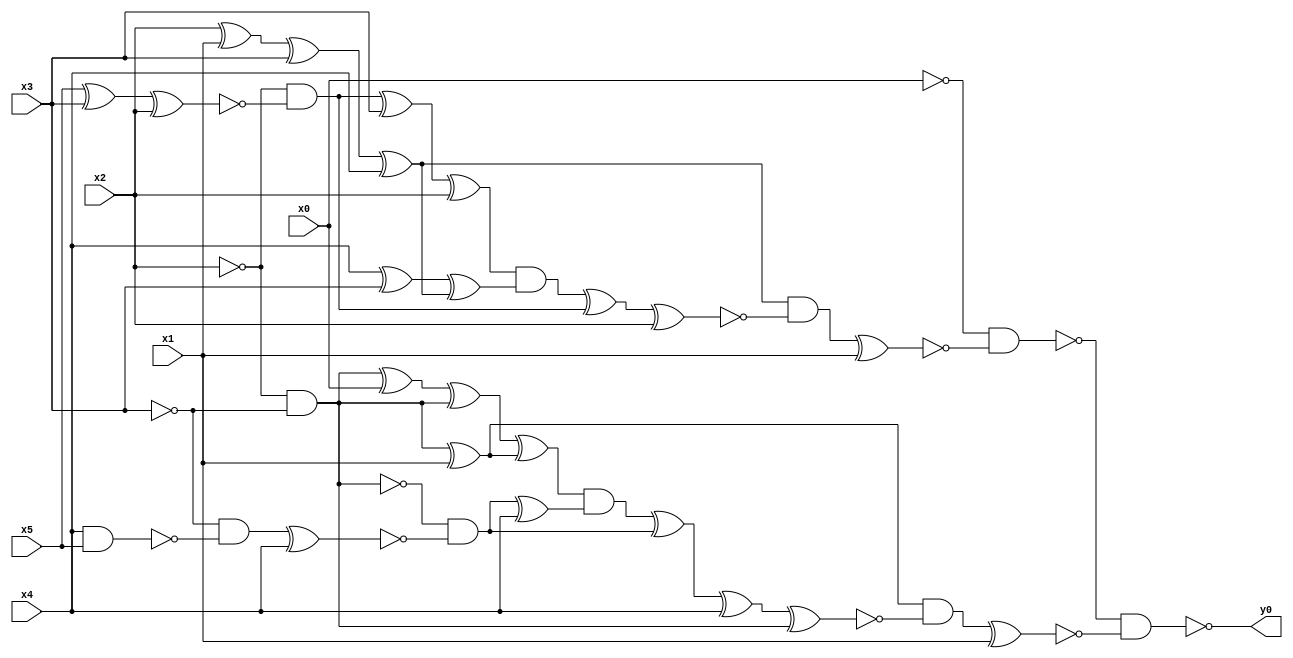
module top( x0 , x1 , x2 , x3 , x4 , x5 , y0 );
  input x0 , x1 , x2 , x3 , x4 , x5 ;
  output y0 ;
  wire n7 , n8 , n9 , n10 , n11 , n12 , n13 , n14 , n15 , n16 , n17 , n18 , n19 , n20 , n21 , n22 , n23 , n24 , n25 , n26 , n27 , n28 , n29 , n30 , n31 , n32 , n33 , n34 , n35 , n36 , n37 , n38 , n39 ;
  assign n7 = x2 ^ x1 ;
  assign n8 = n7 ^ x3 ;
  assign n9 = n8 ^ x4 ;
  assign n10 = x5 ^ x3 ;
  assign n11 = n10 ^ x2 ;
  assign n12 = ~x2 & ~n11 ;
  assign n13 = n12 ^ x3 ;
  assign n14 = n13 ^ x2 ;
  assign n15 = x4 ^ x3 ;
  assign n16 = n15 ^ n9 ;
  assign n17 = n14 & n16 ;
  assign n18 = n17 ^ n12 ;
  assign n19 = n18 ^ x2 ;
  assign n20 = n9 & ~n19 ;
  assign n21 = n20 ^ x1 ;
  assign n22 = ~x0 & ~n21 ;
  assign n23 = ~x2 & ~x3 ;
  assign n24 = n23 ^ x1 ;
  assign n25 = n23 ^ x0 ;
  assign n26 = n25 ^ n23 ;
  assign n27 = n26 ^ n24 ;
  assign n28 = x4 & x5 ;
  assign n29 = ~x3 & ~n28 ;
  assign n30 = n29 ^ x4 ;
  assign n31 = ~n23 & ~n30 ;
  assign n32 = n31 ^ x4 ;
  assign n33 = n27 & n32 ;
  assign n34 = n33 ^ n31 ;
  assign n35 = n34 ^ x4 ;
  assign n36 = n35 ^ n23 ;
  assign n37 = n24 & ~n36 ;
  assign n38 = n37 ^ x1 ;
  assign n39 = ~n22 & ~n38 ;
  assign y0 = ~n39 ;
endmodule